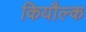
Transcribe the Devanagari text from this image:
कियौल्क